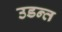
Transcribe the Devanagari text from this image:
उडन्त